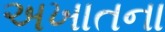
અખાતના